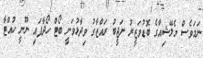
ނަމަވެސް މެލޭޝިއާގެ ބޮޑުވަޒީރު ނަޖީބު ރައްޒާގު ވިދާޅުވަނީ ބޯޓް ހޯދާފައި ނޫނީ ހުއްޓާ